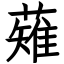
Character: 薙